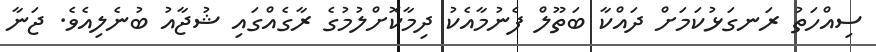
ސިއްހަތު ރަނގަޅުކަމަށް ދައްކާ ބަތޫލް ފެނުމާއެކު ދިމާކޮށްލުމުގެ ރާގެއްގައި ޝުޖާއު ބުނެލިއެވެ. ޖަނާ